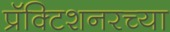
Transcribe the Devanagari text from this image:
प्रॅक्टिशनरच्या